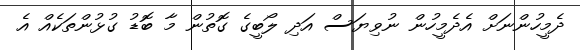
ދެމީހުންނަށް އެދެމީހުން ނުވިޔަސް އަދި ލޯބީގެ ގޮތުން މާ ބޮޑު ގުޅުންތަކެއް އެ